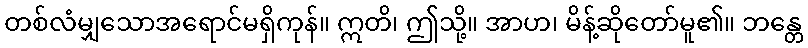
တစ်လံမျှသောအရောင်မရှိကုန်။ ဣတိ၊ ဤသို့။ အာဟ၊ မိန့်ဆိုတော်မူ၏။ ဘန္တေ